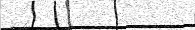
١٩